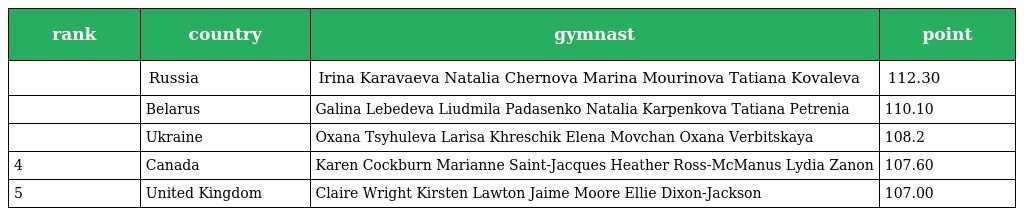
| rank | country | gymnast | point |
 | --- | --- | --- | --- |
 |  | Russia | Irina Karavaeva Natalia Chernova Marina Mourinova Tatiana Kovaleva | 112.30 |
 |  | Belarus | Galina Lebedeva Liudmila Padasenko Natalia Karpenkova Tatiana Petrenia | 110.10 |
 |  | Ukraine | Oxana Tsyhuleva Larisa Khreschik Elena Movchan Oxana Verbitskaya | 108.2 |
 | 4 | Canada | Karen Cockburn Marianne Saint-Jacques Heather Ross-McManus Lydia Zanon | 107.60 |
 | 5 | United Kingdom | Claire Wright Kirsten Lawton Jaime Moore Ellie Dixon-Jackson | 107.00 |